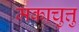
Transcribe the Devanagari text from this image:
मकाचुत्तु